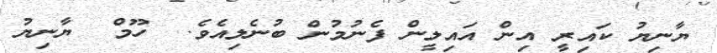
ޔާނިޔު ކައިރީ އިން އައިލީން ފެނުމުން ބުނެލިއެވެ.  ހޫމް  ޔާނިޔު